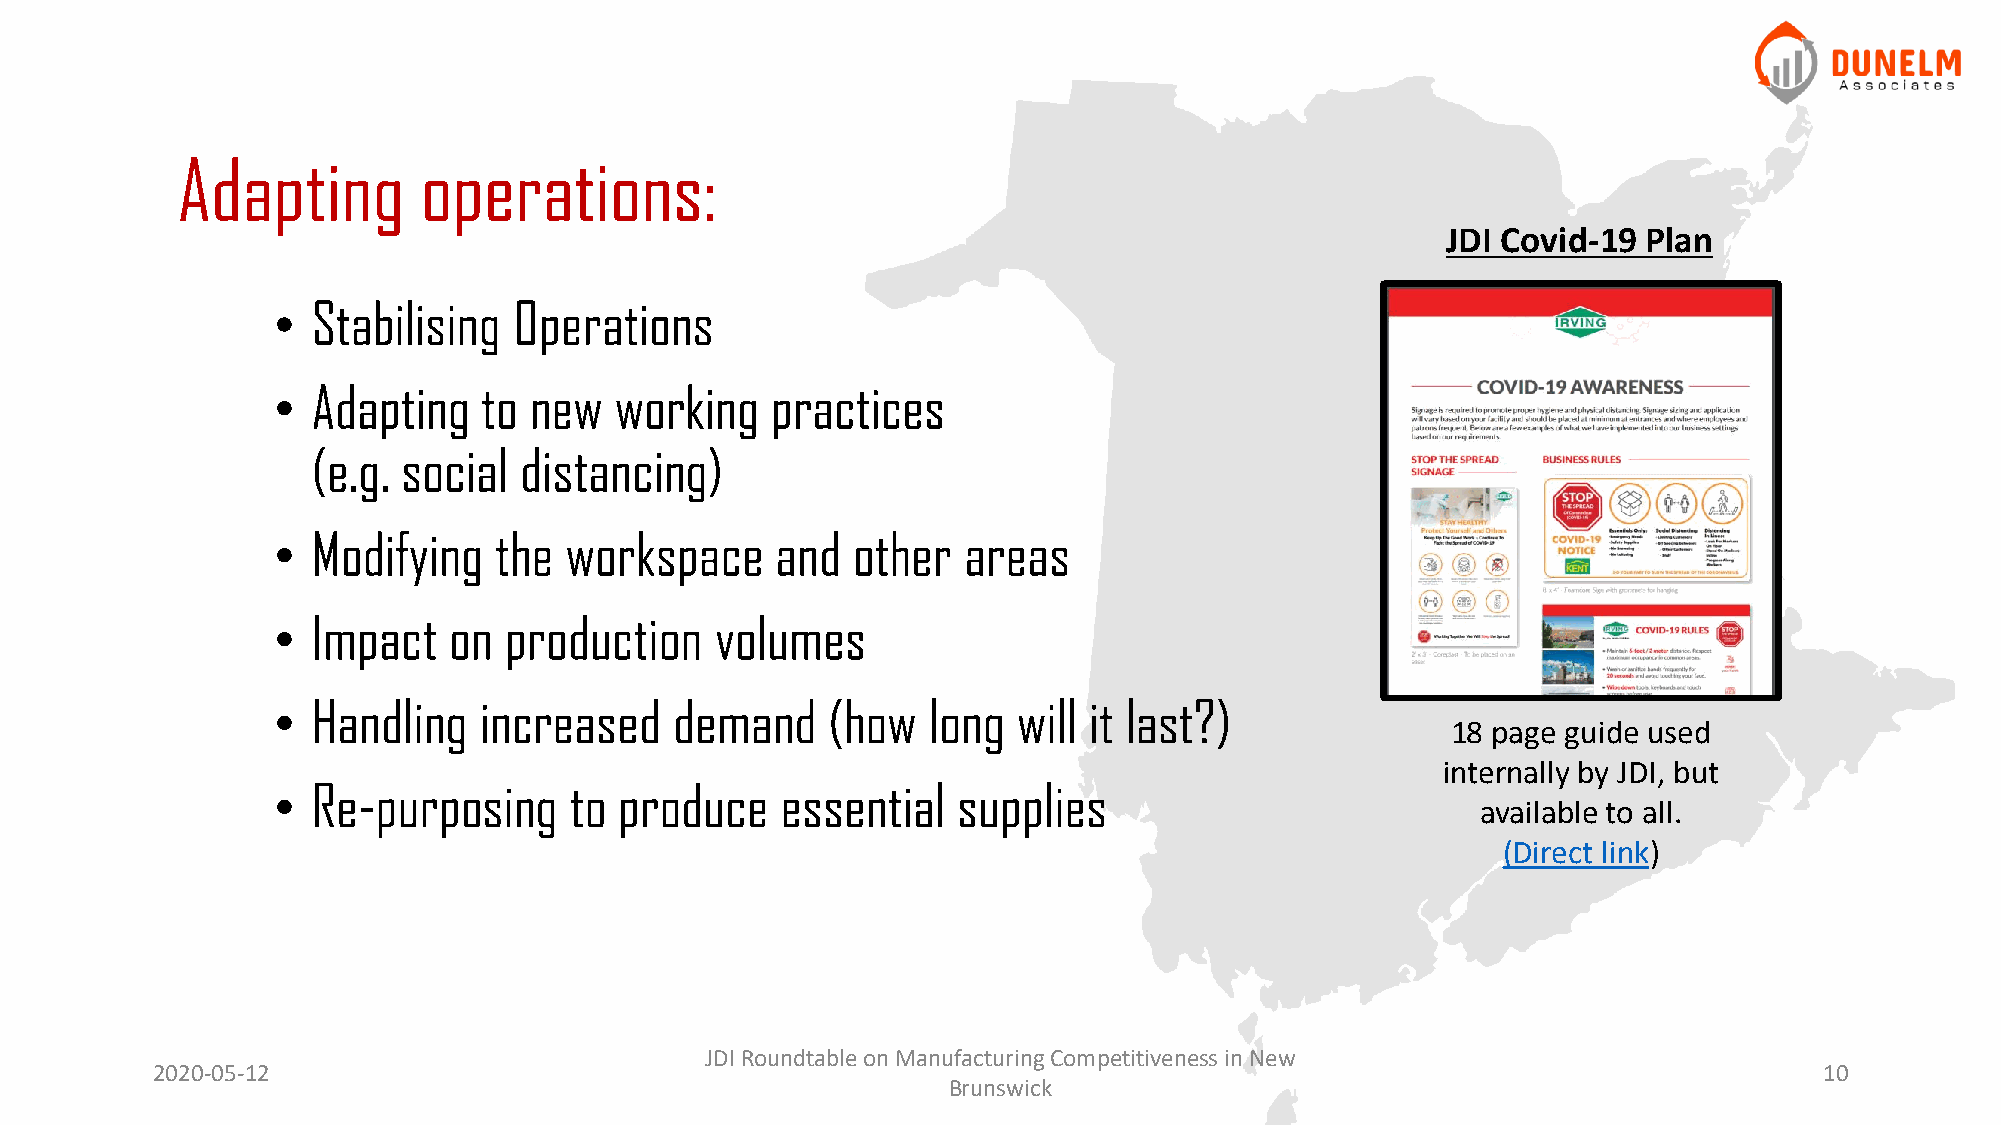
Adapting        operations:
 JDI Covid-19 Plan
 •  Stabilising  Operations
 •  Adapting   to new   working   practices
 (e.g. social distancing)
 •  Modifying   the workspace     and  other   areas
 •  Impact   on production    volumes
 •  Handling   increased    demand    (how  long  will it last?)
 18 page guide used
 internally by JDI, but
 •  Re-purposing     to produce    essential  supplies
 available to all.
 (Direct link)
 JDI Roundtable on Manufacturing Competitiveness in New
 2020-05-12                                                                                                     10
 Brunswick